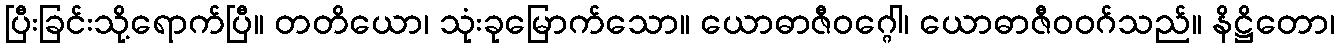
ပြီးခြင်းသို့ရောက်ပြီ။ တတိယော၊ သုံးခုမြောက်သော။ ယောဓာဇီဝဂ္ဂေါ၊ ယောဓာဇီဝဝဂ်သည်။ နိဋ္ဌိတော၊